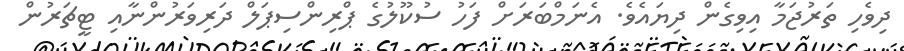
ދިވެހި ތަރުޖަމާ އިވިގެން ދިޔައެވެ. އެނަމްބަރަށް ފަހު ސުކޫލުގެ ޕްރިންސިޕަލް ދަރިވަރުންނާއި ޓީޗަރުން